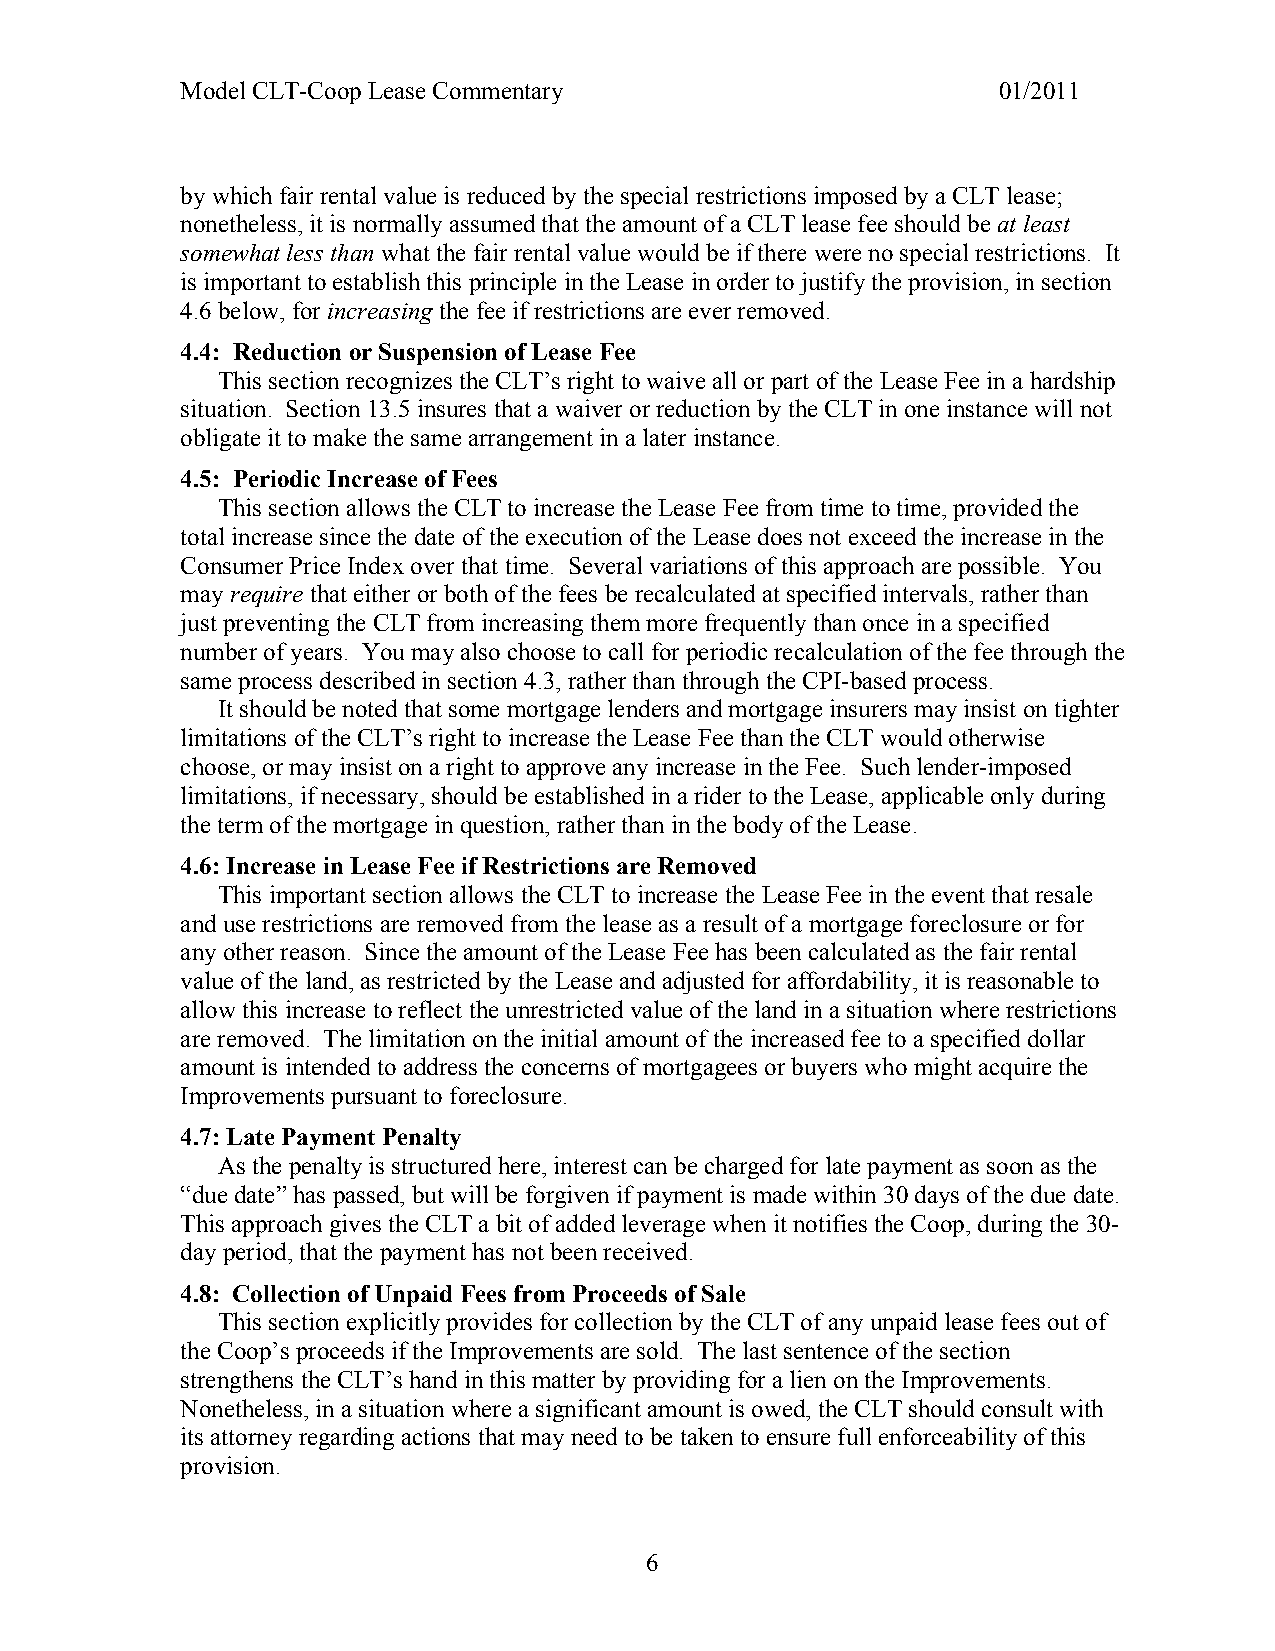
Model CLT-Coop Lease Commentary                       01/2011
 by which fair rental value is reduced by the special restrictions imposed by a CLT lease;
 nonetheless, it is normally assumed that the amount of a CLT lease fee should be at least
 somewhat less than what the fair rental value would be if there were no special restrictions. It
 is important to establish this principle in the Lease in order to justify the provision, in section
 4.6 below, for increasing the fee if restrictions are ever removed.
 4.4: Reduction or Suspension of Lease Fee
 This section recognizes the CLT’s right to waive all or part of the Lease Fee in a hardship
 situation. Section 13.5 insures that a waiver or reduction by the CLT in one instance will not
 obligate it to make the same arrangement in a later instance.
 4.5: Periodic Increase of Fees
 This section allows the CLT to increase the Lease Fee from time to time, provided the
 total increase since the date of the execution of the Lease does not exceed the increase in the
 Consumer Price Index over that time. Several variations of this approach are possible. You
 may require that either or both of the fees be recalculated at specified intervals, rather than
 just preventing the CLT from increasing them more frequently than once in a specified
 number of years. You may also choose to call for periodic recalculation of the fee through the
 same process described in section 4.3, rather than through the CPI-based process.
 It should be noted that some mortgage lenders and mortgage insurers may insist on tighter
 limitations of the CLT’s right to increase the Lease Fee than the CLT would otherwise
 choose, or may insist on a right to approve any increase in the Fee. Such lender-imposed
 limitations, if necessary, should be established in a rider to the Lease, applicable only during
 the term of the mortgage in question, rather than in the body of the Lease.
 4.6: Increase in Lease Fee if Restrictions are Removed
 This important section allows the CLT to increase the Lease Fee in the event that resale
 and use restrictions are removed from the lease as a result of a mortgage foreclosure or for
 any other reason. Since the amount of the Lease Fee has been calculated as the fair rental
 value of the land, as restricted by the Lease and adjusted for affordability, it is reasonable to
 allow this increase to reflect the unrestricted value of the land in a situation where restrictions
 are removed. The limitation on the initial amount of the increased fee to a specified dollar
 amount is intended to address the concerns of mortgagees or buyers who might acquire the
 Improvements pursuant to foreclosure.
 4.7: Late Payment Penalty
 As the penalty is structured here, interest can be charged for late payment as soon as the
 “due date” has passed, but will be forgiven if payment is made within 30 days of the due date.
 This approach gives the CLT a bit of added leverage when it notifies the Coop, during the 30-
 day period, that the payment has not been received.
 4.8: Collection of Unpaid Fees from Proceeds of Sale
 This section explicitly provides for collection by the CLT of any unpaid lease fees out of
 the Coop’s proceeds if the Improvements are sold. The last sentence of the section
 strengthens the CLT’s hand in this matter by providing for a lien on the Improvements.
 Nonetheless, in a situation where a significant amount is owed, the CLT should consult with
 its attorney regarding actions that may need to be taken to ensure full enforceability of this
 provision.
 6